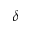
\delta